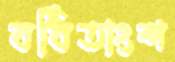
বর্ধিতাংশ